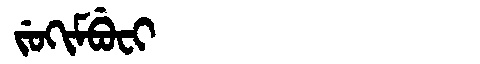
Manchu: ᠵᡠᡴᡳᠮᠪᡠᠸᡳ
Romanization: JUKIMBUFI